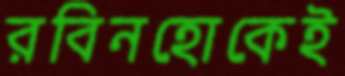
রবিনহোকেই